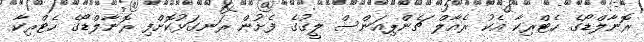
ރޮނާލްޑޯގެ ހެޓްރިކާ އެކު ރެއާލް ޗެންޕިއަންސް ލީގުގެ ފެށުން ރަނގަޅުކޮށްފި ރޮނާލްޑޯގެ ހެޓްރިކާ